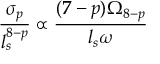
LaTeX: \frac { \sigma _ { p } } { l _ { s } ^ { 8 - p } } \propto \frac { ( 7 - p ) \Omega _ { 8 - p } } { l _ { s } \omega }